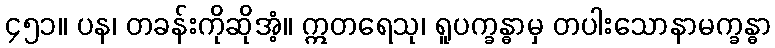
၄၅၁။ ပန၊ တခန်းကိုဆိုအံ့။ ဣတရေသု၊ ရူပက္ခန္ဓာမှ တပါးသောနာမက္ခန္ဓာ